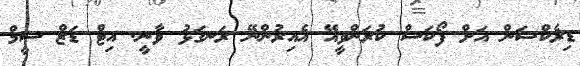
ޑިރެކްޝަން އަށް ފޯކަސް ކުރަންވީއޭ އެއިރުންނޭ ރަނގަޅު ވާނީ. އިޓް ޑަޒް ސީމް